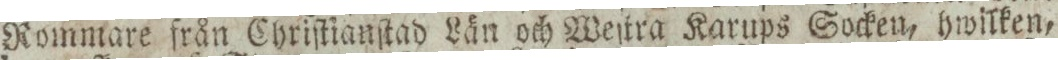
Rommare från Chriſtianſtad Län och Weſtra Karups Socken, hwilken,